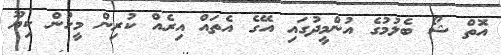
އޮތް ޝޯ ބެލުމުގެ އުންމީދުގައި އޭގެ އެތައް އިރެއް ކުރިން މީހުން ކިޔޫ